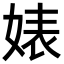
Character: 婊